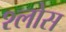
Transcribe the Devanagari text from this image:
श्लोस